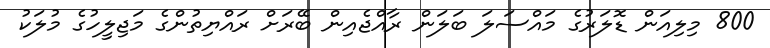
800 މިލިއަން ޑޮލަރުގެ މައްސަލަ ބަލަން ރާއްޖެއިން ބޭރަށް ރައްޔިތުންގެ މަޖިލީހުގެ މުލަކު